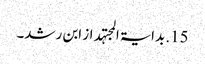
15. بدایۃ المجتہد از ابن رشد۔